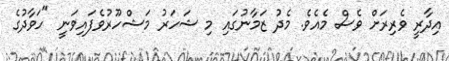
އިދާރީ ވެރިރަށް ވެސް މެއެވެ. މެދު ޒަމާނުގައި މި ޝަހަރު މަޝްހޫރުވެފައިވަނީ "ހަވާދުގެ